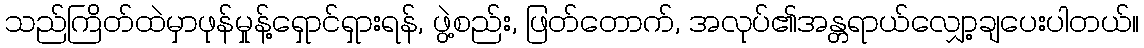
သည်ကြိတ်ထဲမှာဖုန်မှုန့်ရှောင်ရှားရန်, ဖွဲ့စည်း, ဖြတ်တောက်, အလုပ်၏အန္တရာယ်လျှော့ချပေးပါတယ်။